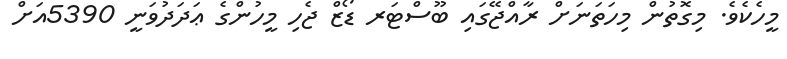
މީހެކެވެ. މިގޮތުން މިހަތަނަށް ރާއްޖޭގައި ބޫސްޓަރ ޑޯޒް ޖެހި މީހުންގެ ޢަދަދުވަނީ 5390އަށް